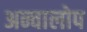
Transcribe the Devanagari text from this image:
अन्वालोप